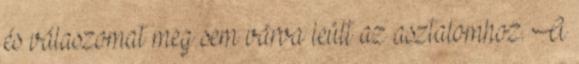
és válaszomat meg sem várva leült az asztalomhoz. A